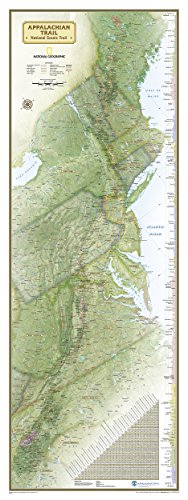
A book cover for Appalachian Trail Wall Map [Laminated] (National Geographic Reference Map); National Geographic Maps - Reference; Reference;